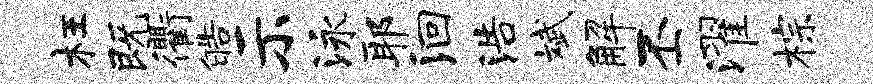
枉既衢皓示泳耶洄浩斌解丕濯棕